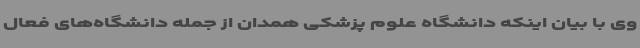
وی با بیان اینکه دانشگاه علوم پزشکی همدان از جمله دانشگاه‌های فعال